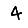
Digit: 4